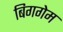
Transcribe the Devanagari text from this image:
बिगगेम